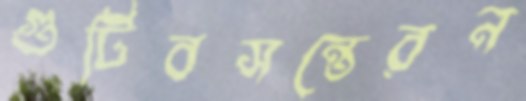
গুটিবসন্তেরন